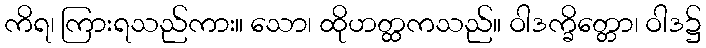
ကိရ၊ ကြားရသည်ကား။ သော၊ ထိုဟတ္ထကသည်။ ဝါဒက္ခိတ္တော၊ ဝါဒ၌